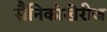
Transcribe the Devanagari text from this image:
सैनिकांखेरीज